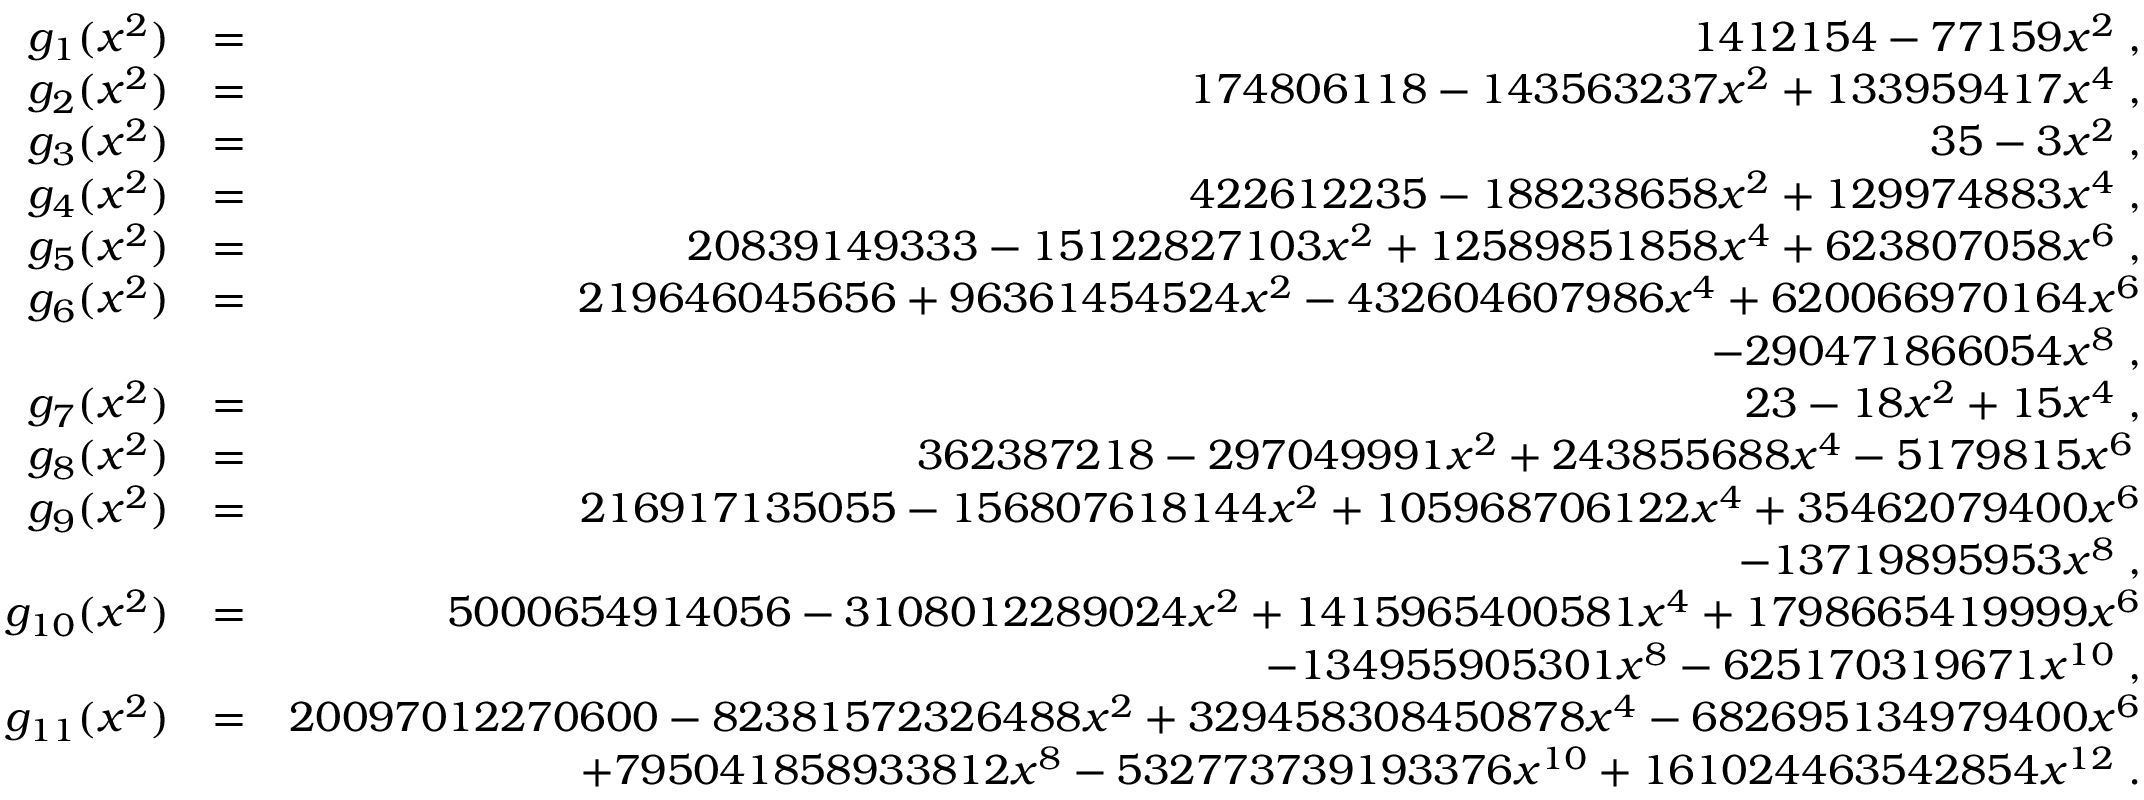
\begin{array} { r l r } { g _ { 1 } ( x ^ { 2 } ) } & { = } & { 1 4 1 2 1 5 4 - 7 7 1 5 9 x ^ { 2 } \; , } \\ { g _ { 2 } ( x ^ { 2 } ) } & { = } & { 1 7 4 8 0 6 1 1 8 - 1 4 3 5 6 3 2 3 7 x ^ { 2 } + 1 3 3 9 5 9 4 1 7 x ^ { 4 } \; , } \\ { g _ { 3 } ( x ^ { 2 } ) } & { = } & { 3 5 - 3 x ^ { 2 } \; , } \\ { g _ { 4 } ( x ^ { 2 } ) } & { = } & { 4 2 2 6 1 2 2 3 5 - 1 8 8 2 3 8 6 5 8 x ^ { 2 } + 1 2 9 9 7 4 8 8 3 x ^ { 4 } \; , } \\ { g _ { 5 } ( x ^ { 2 } ) } & { = } & { 2 0 8 3 9 1 4 9 3 3 3 - 1 5 1 2 2 8 2 7 1 0 3 x ^ { 2 } + 1 2 5 8 9 8 5 1 8 5 8 x ^ { 4 } + 6 2 3 8 0 7 0 5 8 x ^ { 6 } \; , } \\ { g _ { 6 } ( x ^ { 2 } ) } & { = } & { 2 1 9 6 4 6 0 4 5 6 5 6 + 9 6 3 6 1 4 5 4 5 2 4 x ^ { 2 } - 4 3 2 6 0 4 6 0 7 9 8 6 x ^ { 4 } + 6 2 0 0 6 6 9 7 0 1 6 4 x ^ { 6 } } \\ & { } & { - 2 9 0 4 7 1 8 6 6 0 5 4 x ^ { 8 } \; , } \\ { g _ { 7 } ( x ^ { 2 } ) } & { = } & { 2 3 - 1 8 x ^ { 2 } + 1 5 x ^ { 4 } \; , } \\ { g _ { 8 } ( x ^ { 2 } ) } & { = } & { 3 6 2 3 8 7 2 1 8 - 2 9 7 0 4 9 9 9 1 x ^ { 2 } + 2 4 3 8 5 5 6 8 8 x ^ { 4 } - 5 1 7 9 8 1 5 x ^ { 6 } \, } \\ { g _ { 9 } ( x ^ { 2 } ) } & { = } & { 2 1 6 9 1 7 1 3 5 0 5 5 - 1 5 6 8 0 7 6 1 8 1 4 4 x ^ { 2 } + 1 0 5 9 6 8 7 0 6 1 2 2 x ^ { 4 } + 3 5 4 6 2 0 7 9 4 0 0 x ^ { 6 } } \\ & { } & { - 1 3 7 1 9 8 9 5 9 5 3 x ^ { 8 } \; , } \\ { g _ { 1 0 } ( x ^ { 2 } ) } & { = } & { 5 0 0 0 6 5 4 9 1 4 0 5 6 - 3 1 0 8 0 1 2 2 8 9 0 2 4 x ^ { 2 } + 1 4 1 5 9 6 5 4 0 0 5 8 1 x ^ { 4 } + 1 7 9 8 6 6 5 4 1 9 9 9 9 x ^ { 6 } } \\ & { } & { - 1 3 4 9 5 5 9 0 5 3 0 1 x ^ { 8 } - 6 2 5 1 7 0 3 1 9 6 7 1 x ^ { 1 0 } \; , } \\ { g _ { 1 1 } ( x ^ { 2 } ) } & { = } & { 2 0 0 9 7 0 1 2 2 7 0 6 0 0 - 8 2 3 8 1 5 7 2 3 2 6 4 8 8 x ^ { 2 } + 3 2 9 4 5 8 3 0 8 4 5 0 8 7 8 x ^ { 4 } - 6 8 2 6 9 5 1 3 4 9 7 9 4 0 0 x ^ { 6 } } \\ & { } & { + 7 9 5 0 4 1 8 5 8 9 3 3 8 1 2 x ^ { 8 } - 5 3 2 7 7 3 7 3 9 1 9 3 3 7 6 x ^ { 1 0 } + 1 6 1 0 2 4 4 6 3 5 4 2 8 5 4 x ^ { 1 2 } \; . } \end{array}